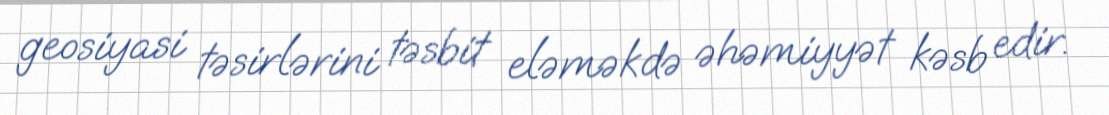
geosiyasi təsirlərini təsbit eləməkdə əhəmiyyət kəsb edir.